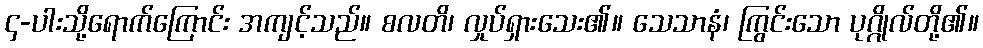
၄-ပါးသို့ရောက်ကြောင်း အကျင့်သည်။ စလတိ၊ လှုပ်ရှားသေး၏။ သေသာနံ၊ ကြွင်းသော ပုဂ္ဂိုလ်တို့၏။